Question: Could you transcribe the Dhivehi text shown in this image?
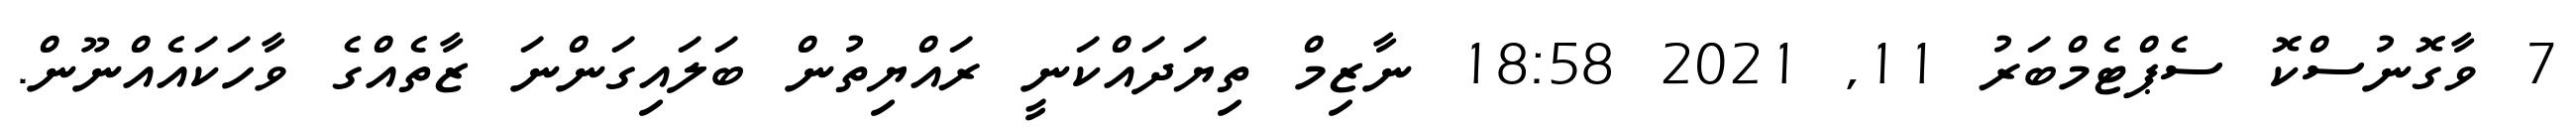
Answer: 7 ވާގޮނުސްކޮ ސެޕްޓެމްބަރު 11, 2021 18:58 ނާޒިމް ތިޔަދައްކަނީ ރައްޔިތުން ބަލައިގަންނަ ޒާތެއްގެ ވާހަކައެއްނޫން.